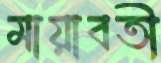
মায়াবতী